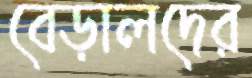
বেড়ালদের